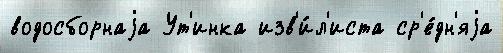
водосборнаjа Ут'инка изв'и́л'иста ср'е́дн'яjа